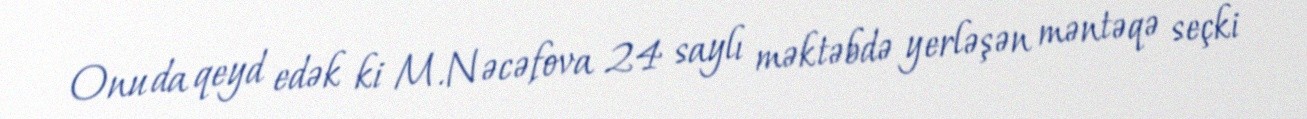
Onu da qeyd edək ki M.Nəcəfova 24 saylı məktəbdə yerləşən məntəqə seçki